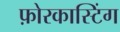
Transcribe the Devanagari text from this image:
फ़ोरकास्टिंग